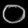
Digit: ၀